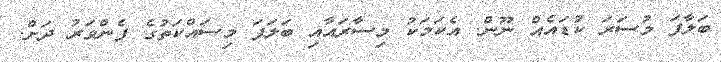
ބަލާފަ މުސަރަ ކުޑައެއް ނޫން. އެކަމަކު މިސާރައާއި ބަލަފަ މިސައްކަތުގެ ފެންވަރު ދަށް.